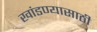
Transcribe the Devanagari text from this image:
खांडण्यासाठी